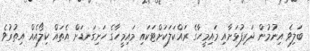
ބަލިވެ އިނުމުން ދަރިފުޅަށާއި މައިމީހާގެ ރައްކަލަކަށްޓަކައި މައިމީހާގެ ހަށިގަނޑަށް އެތައް ކިލޯއެއް އިތުރުވެ